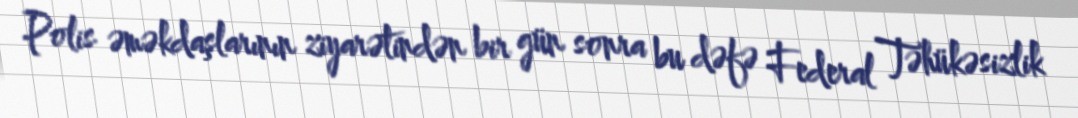
Polis əməkdaşlarının ziyarətindən bir gün sonra bu dəfə Federal Təhükəsizlik